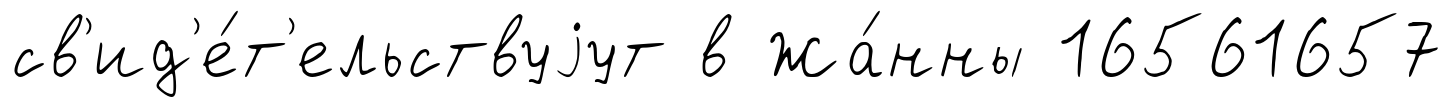
св'ид'е́т'ельствуjут в Жа́нны 16561657